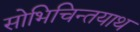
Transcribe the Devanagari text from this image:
सोभिचिन्तयाथ